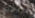
بالطبع